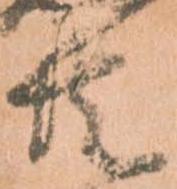
共